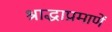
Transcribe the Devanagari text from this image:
श्राद्धाप्रमाणें